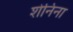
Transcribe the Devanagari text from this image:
शेनिना